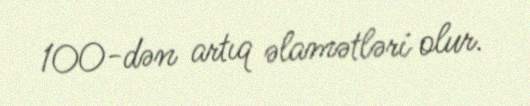
100-dən artıq əlamətləri olur.